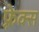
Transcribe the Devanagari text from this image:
फ़्रेक्स